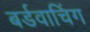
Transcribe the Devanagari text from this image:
बर्डवाचिंग